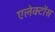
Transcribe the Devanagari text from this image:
एलेक्टोंस